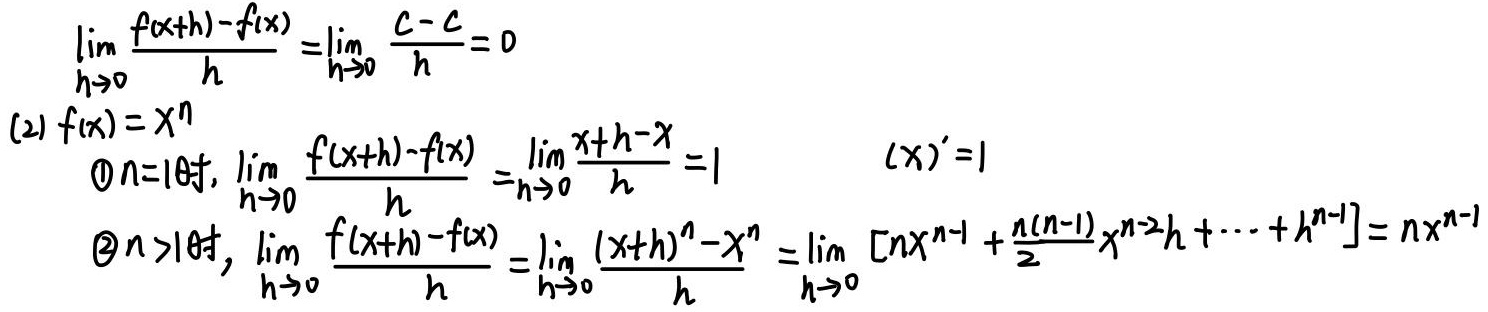
\[
\begin{align*}
&\lim_{h \to 0} \frac{f(x + h) - f(x)}{h} = \lim_{h \to 0} \frac{c - c}{h} = 0\\
&(2) f(x)=x^n\\
&\quad \textcircled{1} n = 1\text{时}, \lim_{h \to 0} \frac{f(x + h) - f(x)}{h} = \lim_{h \to 0} \frac{x + h - x}{h} = 1 \quad (x)' = 1\\
&\quad \textcircled{2} n > 1\text{时}, \lim_{h \to 0} \frac{f(x + h) - f(x)}{h} = \lim_{h \to 0} \frac{(x + h)^n - x^n}{h} = \lim_{h \to 0} \left[nx^{n - 1}+\frac{n(n - 1)}{2}x^{n - 2}h+\cdots+h^{n - 1}\right]=nx^{n - 1}
\end{align*}
\]